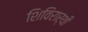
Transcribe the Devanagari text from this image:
शिविरार्थी